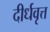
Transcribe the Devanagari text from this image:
दीर्धवृत्त